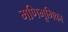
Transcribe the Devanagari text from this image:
मणिभूमिका